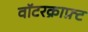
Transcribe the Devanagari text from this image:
वॉटरक्राफ़्ट